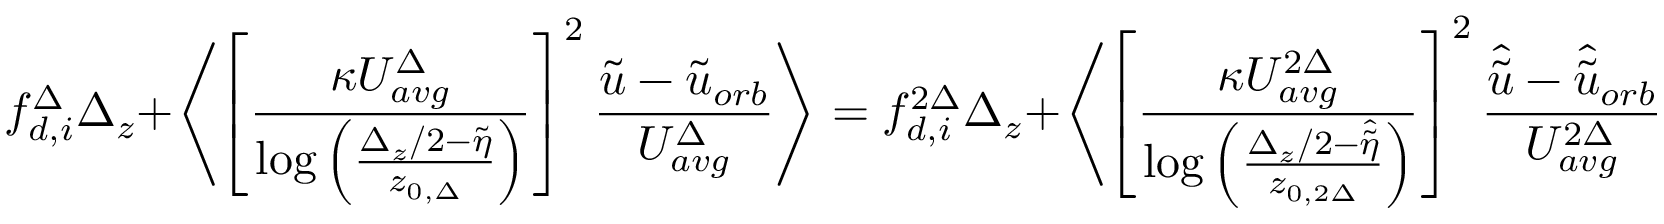
{ f _ { d , i } ^ { \Delta } } \Delta _ { z } + \left\langle \left[ \frac { \kappa U _ { a v g } ^ { \Delta } } { \log \left( \frac { \Delta _ { z } / 2 - \widetilde { \eta } } { z _ { 0 , \Delta } } \right) } \right] ^ { 2 } \frac { \widetilde { u } - \widetilde { u } _ { o r b } } { U _ { a v g } ^ { \Delta } } \right\rangle = { f _ { d , i } ^ { 2 \Delta } } \Delta _ { z } + \left\langle \left[ \frac { \kappa U _ { a v g } ^ { 2 \Delta } } { \log \left( \frac { \Delta _ { z } / 2 - \widehat { \widetilde { \eta } } } { z _ { 0 , 2 \Delta } } \right) } \right] ^ { 2 } \frac { \hat { \widetilde { u } } - \hat { \widetilde { u } } _ { o r b } } { U _ { a v g } ^ { 2 \Delta } } \right\rangle ,